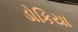
ડોકિયા